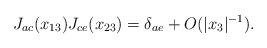
LaTeX: \begin{align*}J_{ac}(x_{13}) J_{ce}(x_{23}) = \delta_{ae} + O(|x_3|^{-1}).\end{align*}